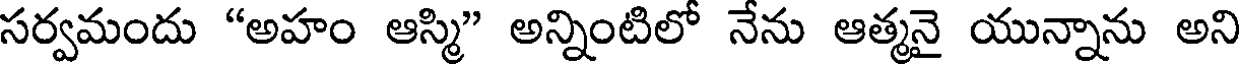
సర్వమందు "అహం ఆస్మి" అన్నింటిలో నేను ఆత్మనై యున్నాను అని